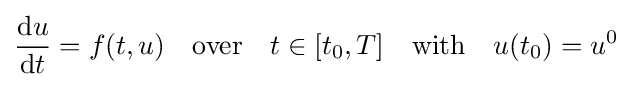
{\frac {\mathrm {d} u}{\mathrm {d} t}}=f(t,u)\quad {\text{over}}\quad t\in [t_{0},T]\quad {\text{with}}\quad u(t_{0})=u^{0}